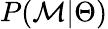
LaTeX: P(\mathcal{M}|\Theta)